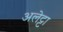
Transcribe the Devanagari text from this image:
अलेट्टा